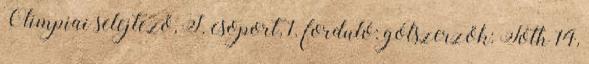
Olimpiai selejtező, I. csoport, 1. forduló: gólszerzők: Tóth 14,